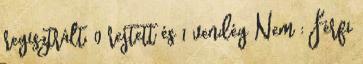
regisztrált, 0 rejtett és 1 vendég Nem : Férfi